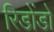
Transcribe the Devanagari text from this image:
रिडोंडो